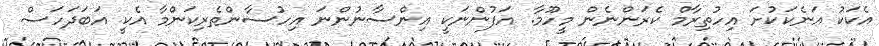
އެކަކު އަނެކަކުށަ އިހުތިރާމް ކެރަންނެން މީހޫމާ. އަފުންނަކީ އިންސާނުންނަ އިހުސާންތެރިކަންމާ އެކީ އަބަދަހަސް